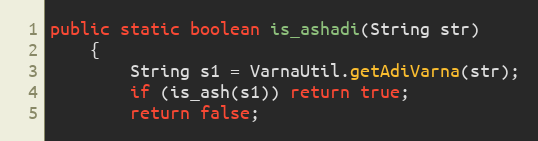
Language: Java
public static boolean is_ashadi(String str)
    {
        String s1 = VarnaUtil.getAdiVarna(str);
        if (is_ash(s1)) return true;
        return false;